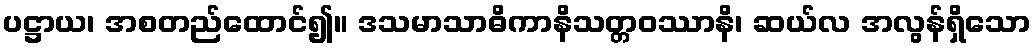
ပဋ္ဌာယ၊ အစတည်ထောင်၍။ ဒသမာသာဓိကာနိသတ္တဝဿာနိ၊ ဆယ်လ အလွန်ရှိသော